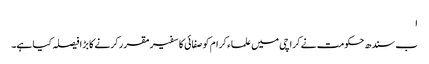
ا
ب سندھ حکومت نے کراچی میں علماء کرام کو صفائی کا سفیر مقرر کرنے کا بڑا فیصلہ کیا ہے۔